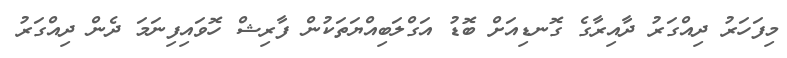
މިފަހަރު ދިއްގަރު ދާއިރާގެ ގޮނޑިއަށް ބޮޑު އަގްލަބިއްޔަތަކުން ފާރިޝް ހޮވައިފިނަމަ ދެން ދިއްގަރު